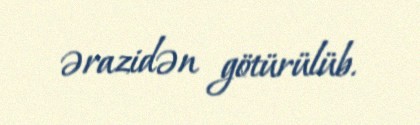
ərazidən götürülüb.